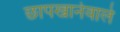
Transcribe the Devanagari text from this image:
छापखानेवाले